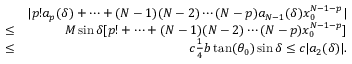
\begin{array} { r l r } & { } & { | p ! a _ { p } ( \delta ) + \cdots + ( N - 1 ) ( N - 2 ) \cdots ( N - p ) a _ { N - 1 } ( \delta ) x _ { 0 } ^ { N - 1 - p } | } \\ & { \leq } & { M \sin \delta [ p ! + \cdots + ( N - 1 ) ( N - 2 ) \cdots ( N - p ) x _ { 0 } ^ { N - 1 - p } ] } \\ & { \leq } & { c \frac { 1 } { 4 } b \tan ( \theta _ { 0 } ) \sin \delta \leq c | a _ { 2 } ( \delta ) | . } \end{array}